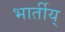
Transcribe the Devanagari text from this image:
भार्तीय्